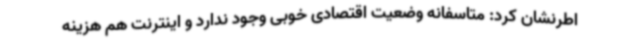
اطرنشان کرد: متاسفانه وضعیت اقتصادی خوبی وجود ندارد و اینترنت هم هزینه